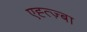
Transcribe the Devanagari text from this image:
एह्त्ज़्बा